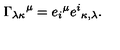
{ \Gamma _ { \lambda \kappa } } ^ { \mu } = { e _ { i } } ^ { \mu } { e ^ { i } } _ { \kappa , \lambda } .